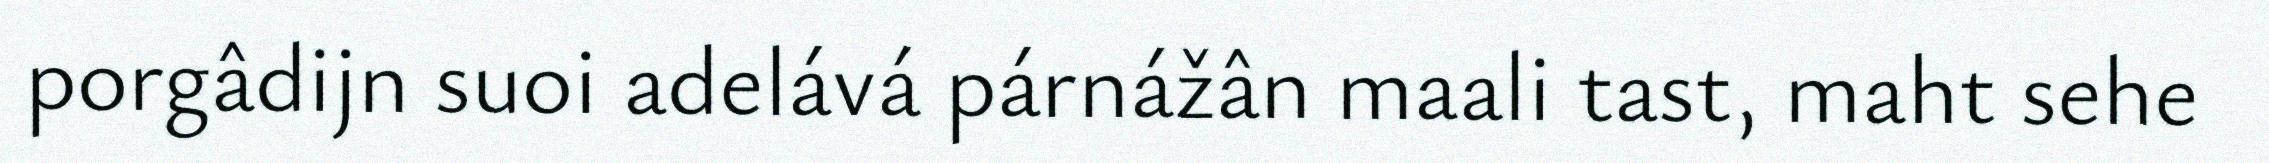
porgâdijn suoi adelává párnážân maali tast, maht sehe